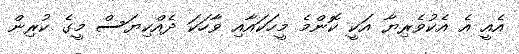
އެއީ އެ އެކުވެރިޔާ އަކީ ކޮންމެ މީހަކައާއި ވާހަކަ ދެއްކިޔަސް މީގެ ކުރިން